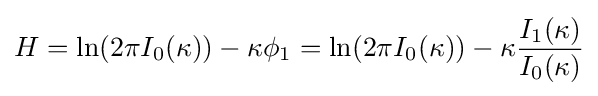
H=\ln(2\pi I_{0}(\kappa ))-\kappa \phi _{1}=\ln(2\pi I_{0}(\kappa ))-\kappa {\frac {I_{1}(\kappa )}{I_{0}(\kappa )}}